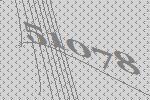
51078